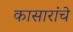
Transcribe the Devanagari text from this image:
कासारांचे